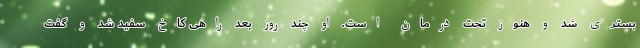
بستری شد و هنوز تحت درمان است. او چند روز بعد راهی کاخ سفید شد و گفت